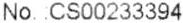
NO. :CS00233394